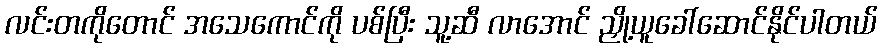
လင်းတကိုတောင် အသေကောင်ကို ပစ်ပြီး သူ့ဆီ လာအောင် ညှို့ယူခေါ်ဆောင်နိုင်ပါတယ်